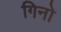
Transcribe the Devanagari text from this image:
गिनो